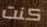
كنت